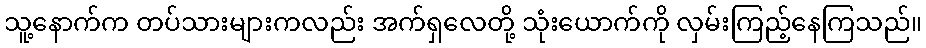
သူ့နောက်က တပ်သားများကလည်း အက်ရှလေတို့ သုံးယောက်ကို လှမ်းကြည့်နေကြသည်။